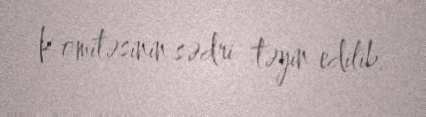
Komitəsinin sədri təyin edilib.